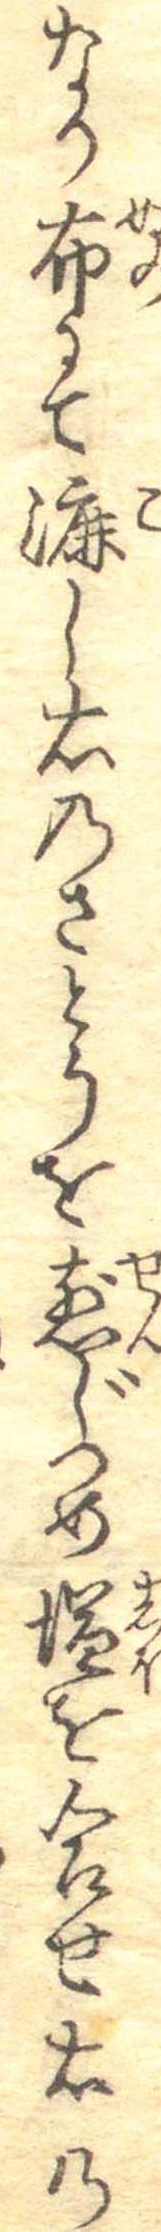
なり布にて漉し右のさとうを煎じつめ塩を合せ右の